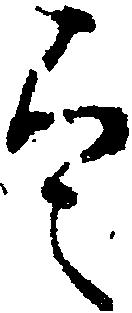
定